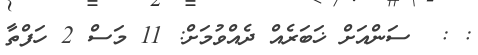
: :  ސަންއަށް ޚަބަރެއް ދެއްވުމަށް: 11 މަސް 2 ހަފްތާ